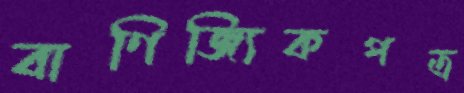
বাণিজ্যিকপত্র